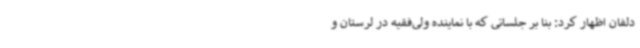
دلفان اظهار کرد: بنا بر جلساتی که با نماینده ولی‌فقیه در لرستان و